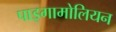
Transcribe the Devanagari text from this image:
पाइगामोलियन